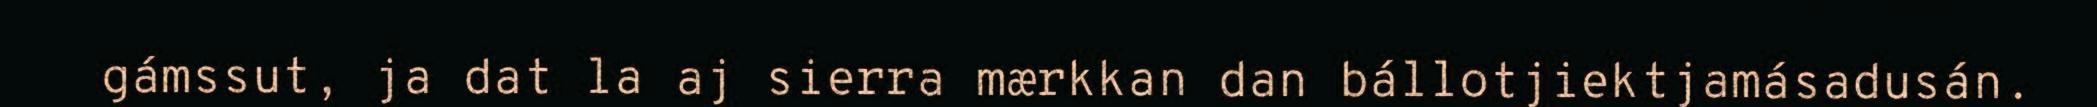
gámssut, ja dat la aj sierra mærkkan dan bállotjiektjamásadusán.